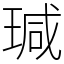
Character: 瑊